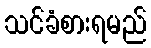
သင်ခံစားရမည်